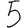
Digit: 5